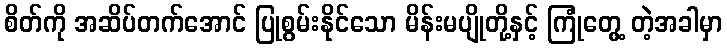
စိတ်ကို အဆိပ်တက်အောင် ပြုစွမ်းနိုင်သော မိန်းမပျိုတို့နှင့် ကြုံတွေ့ တဲ့အခါမှာ